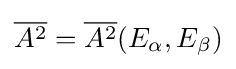
{\overline {A^{2}}}={\overline {A^{2}}}(E_{\alpha },E_{\beta })